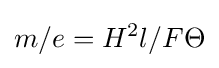
m/e=H^{2}l/F\Theta